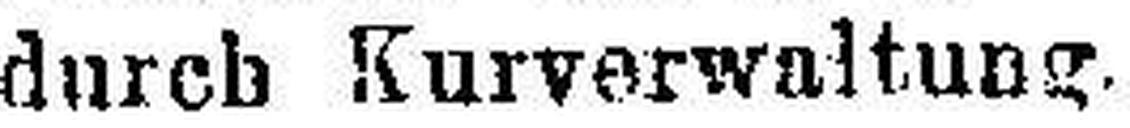
durch Kurverwaltung.